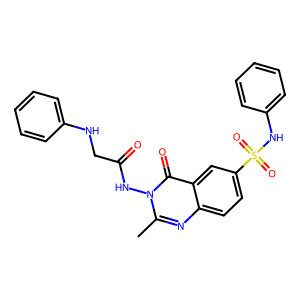
SMILES: Cc1nc2ccc(S(=O)(=O)Nc3ccccc3)cc2c(=O)n1NC(=O)CNc1ccccc1
Inhibits HIV replication: No